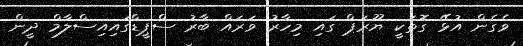
ވެގެން އުޅޭ ގޮތަކީ ޔޫރަޕް ގައި މިހާރު ވަރައް ބާރު ސްޕީޑްގައިއިސްލާމް ދީން